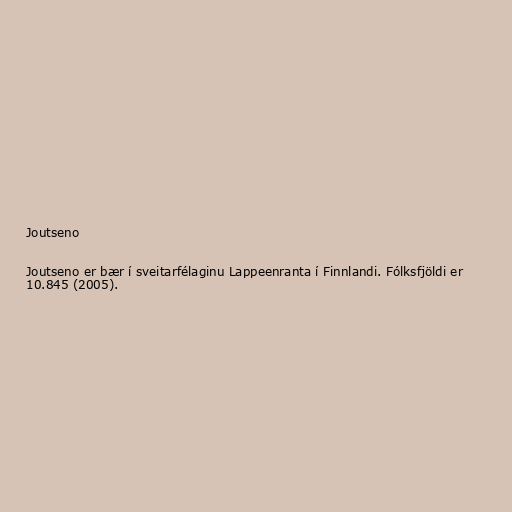
Joutseno

Joutseno er bær í sveitarfélaginu Lappeenranta í Finnlandi. Fólksfjöldi er
10.845 (2005).